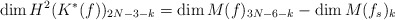
\begin{align*}\dim H^2(K^*(f))_{2N-3-k}=\dim M(f)_{3N-6-k}-\dim M(f_s)_k\end{align*}